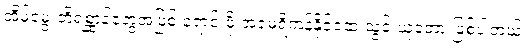
အိမ်မွေးတိရစ္ဆာန်တွေအဖြစ် ရောင်းဖို့ အမေရိကန်နိုင်ငံထဲ သွင်းယူခဲ့တာ ဖြစ်ပါတယ်။